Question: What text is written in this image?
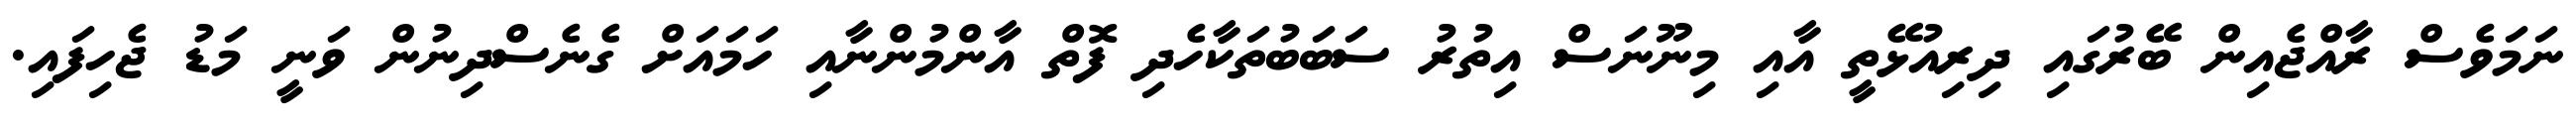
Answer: ނަމަވެސް ރާއްޖެއިން ބޭރުގައި ދިރިއުޅޭތީ އާއި މިނޫނަސް އިތުރު ސަބަބުތަކާހެދި ފޮތް އާންމުންނާއި ހަމައަށް ގެނެސްދިނުން ވަނީ މަޑު ޖެހިފައި.